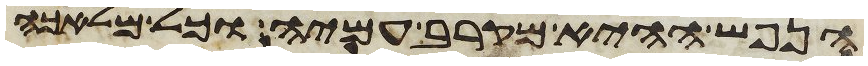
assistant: הנפש ההיא מקרב עמיה וכל מלאכה